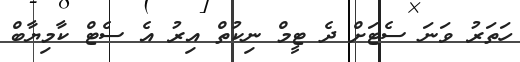
ހަތަރު ވަނަ ސެޓަށް ދެ ޓީމް ނިކުތް އިރު އެ ސެޓް ކާމިޔާބް